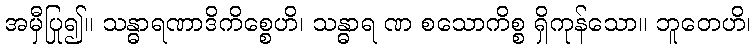
အမှီပြု၍။ သန္ဓာရဏာဒိကိစ္စေဟိ၊ သန္ဓာရ ဏ စသောကိစ္စ ရှိကုန်သော။ ဘူတေဟိ၊